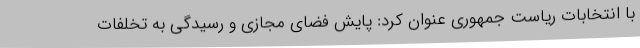
با انتخابات ریاست جمهوری عنوان کرد: پایش فضای مجازی و رسیدگی به تخلفات